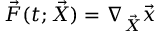
\vec { F } ( t ; \vec { X } ) = \nabla _ { \vec { X } } \vec { x }